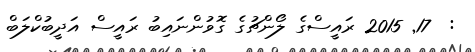
:  17